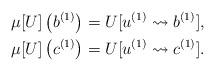
LaTeX: \begin{align*}&\mu[U]\left(b^{(1)}\right) = U[u^{(1)} \leadsto b^{(1)}],\\&\mu[U]\left(c^{(1)}\right) = U[u^{(1)} \leadsto c^{(1)}].\end{align*}